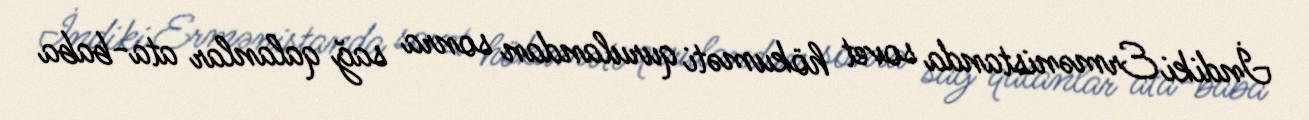
İndiki Ermənistanda sovet hökuməti qurulandan sonra sağ qalanlar ata-baba